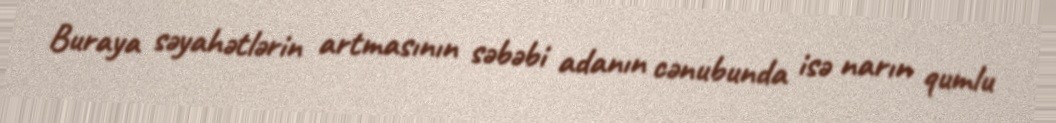
Buraya səyahətlərin artmasının səbəbi adanın cənubunda isə narın qumlu